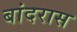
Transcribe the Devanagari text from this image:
बांदरास